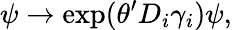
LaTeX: \psi\rightarrow\exp(\theta^{\prime}D_{i}\gamma_{i})\psi,